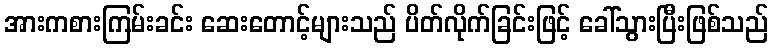
အားကစားကြမ်းခင်း ဆေးတောင့်များသည် ပိတ်လိုက်ခြင်းဖြင့် ခေါ်သွားပြီးဖြစ်သည်